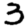
Digit: 3